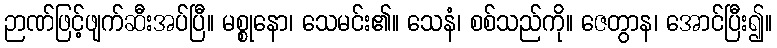
ဉာဏ်ဖြင့်ဖျက်ဆီးအပ်ပြီ။ မစ္စုနော၊ သေမင်း၏။ သေနံ၊ စစ်သည်ကို။ ဇေတွာန၊ အောင်ပြီး၍။